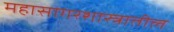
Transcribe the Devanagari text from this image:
महासागरशास्त्रातील